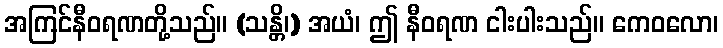
အကြင်နီဝရဏတို့သည်။ (သန္တိ၊) အယံ၊ ဤ နီဝရဏ ငါးပါးသည်။ ကေဝလော၊